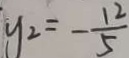
y _ { 2 } = - \frac { 1 2 } { 5 }